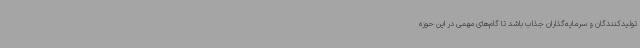
تولیدکنندگان و سرمایه‌گذاران جذاب باشد تا گام‌های مهمی در این حوزه